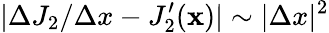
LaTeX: |\Delta J_{2}/\Delta x-J_{2}^{\prime}(\mathbf x)|\sim|\Delta x|^{2}